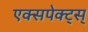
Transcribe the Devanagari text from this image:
एक्सपेक्ट्स्